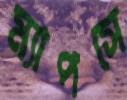
ম্যাপসে